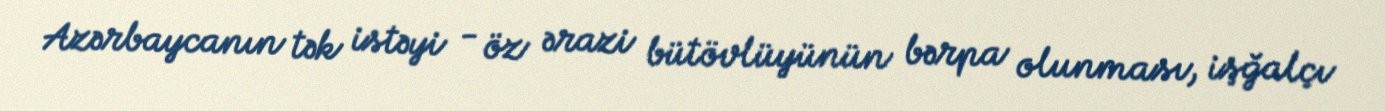
Azərbaycanın tək istəyi - öz ərazi bütövlüyünün bərpa olunması, işğalçı